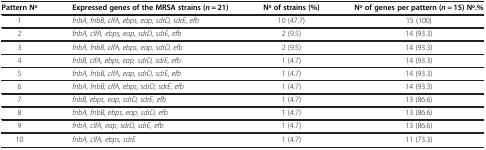
<table><thead><tr><td><b>Pattern No</b></td><td><b>Expressed genes of the MRSA strains (<i>n</i> = 21)</b></td><td><b>No of strains (%)</b></td><td><b>No of genes per pattern (<i>n</i> = 15) No.%</b></td></tr></thead><tbody><tr><td>1</td><td><i>fnbA, fnbB, clfA, ebps, eap, sdrD, sdrE, efb</i></td><td>10 (47.7)</td><td>15 (100)</td></tr><tr><td>2</td><td><i>fnbA, clfA, ebps, eap, sdrD, sdrE, efb</i></td><td>2 (9.5)</td><td>14 (93.3)</td></tr><tr><td>3</td><td><i>fnbA, fnbB, clfA, ebps, eap, sdrD, efb</i></td><td>2 (9.5)</td><td>14 (93.3)</td></tr><tr><td>4</td><td><i>fnbB, clfA, ebps, eap, sdrD, sdrE, efb</i></td><td>1 (4.7)</td><td>14 (93.3)</td></tr><tr><td>5</td><td><i>fnbA, fnbB, clfA, eap, sdrD, sdrE, efb</i></td><td>1 (4.7)</td><td>14 (93.3)</td></tr><tr><td>6</td><td><i>fnbA, fnbB, clfA, ebps, sdrD, sdrE, efb</i></td><td>1 (4.7)</td><td>14 (93.3)</td></tr><tr><td>7</td><td><i>fnbB, ebps, eap, sdrD, sdrE, efb</i></td><td>1 (4.7)</td><td>13 (86.6)</td></tr><tr><td>8</td><td><i>fnbA, fnbB, ebps, eap, sdrD, efb</i></td><td>1 (4.7)</td><td>13 (86.6)</td></tr><tr><td>9</td><td><i>fnbA, clfA, eap, sdrD, sdrE, efb</i></td><td>1 (4.7)</td><td>13 (86.6)</td></tr><tr><td>10</td><td><i>fnbA, clfA, ebps, sdrE</i></td><td>1 (4.7)</td><td>11 (73.3)</td></tr></tbody></table>